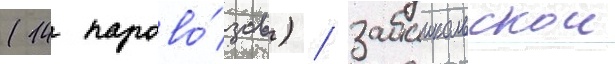
(14 парово́зов) / забаикальскои